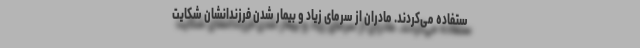
ستفاده می‌کردند. مادران از سرمای زیاد و بیمار شدن فرزندانشان شکایت